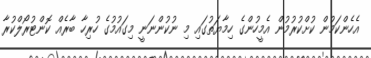
އެހެންކަމުން ކުށްކުރުމުން އެމީހުންގެ ހިމާޔަތުގައި މި ނުކުންނަނީ މިގައުމުގެ ހުރިހާ ބާރެއް ކޮންޓުރޯލްކުރާ